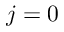
j = 0